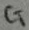
Text: CT